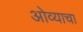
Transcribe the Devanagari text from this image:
ओव्याचा